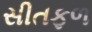
સીતફળ